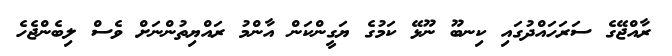
ރާއްޖޭގެ ސަރަހައްދުގައި ކިނބޫ ނޫޅޭ ކަމުގެ ޔަގީންކަން އާންމު ރައްޔިތުންނަށް ވެސް ލިބެންޖެހެ